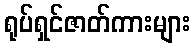
ရုပ်ရှင်ဇာတ်ကားများ